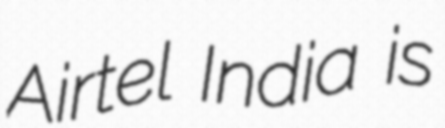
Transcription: Airtel India is